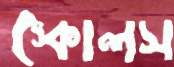
স্কোলস